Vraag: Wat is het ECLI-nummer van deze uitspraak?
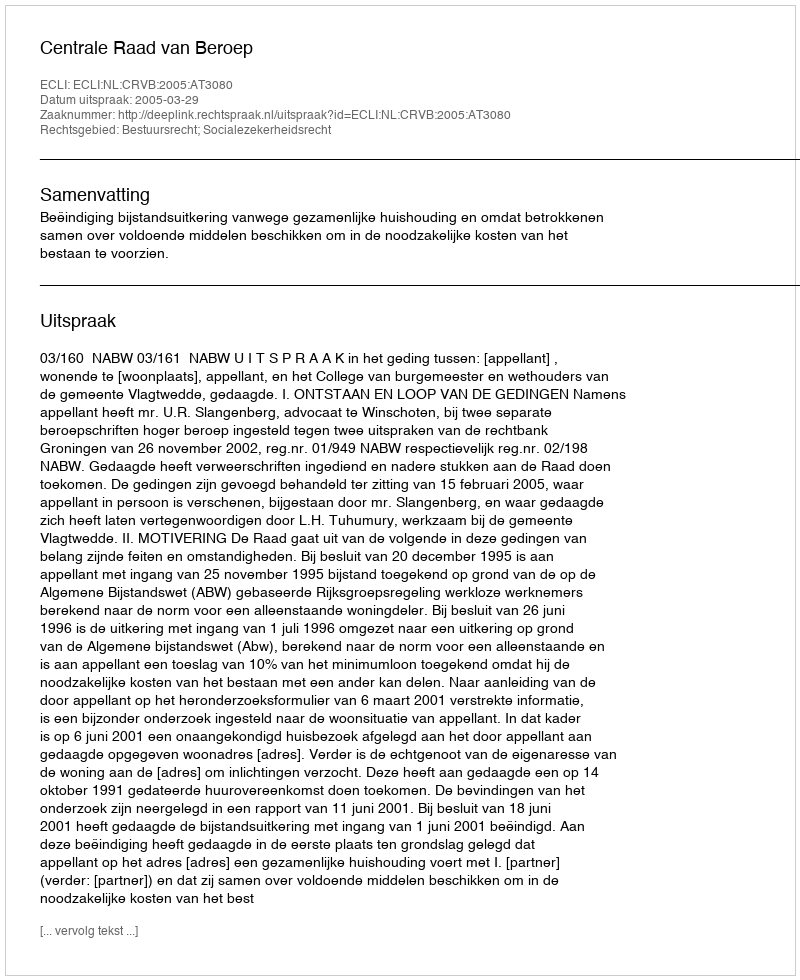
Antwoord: ECLI:NL:CRVB:2005:AT3080